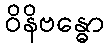
ဝိနိဗန္ဓော